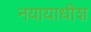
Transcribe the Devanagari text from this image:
नयायाधीश